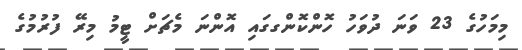
މިމަހުގެ 23 ވަނަ ދުވަހު ހޮންކޮންގގައި އޮންނަ މެޗަށް ޓީމު މިރޭ ފުރުމުގެ